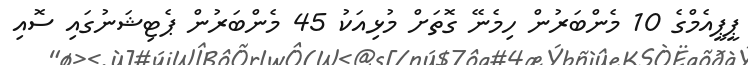
ޕީޕީއެމްގެ 10 މެންބަރުން ހިމެނޭ ގޮތަށް މުޅިއަކު 45 މެންބަރުންް ޕެޓިޝަނުގައި ސޮއި